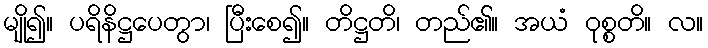
မျို၍။ ပရိနိဋ္ဌပေတွာ၊ ပြီးစေ၍။ တိဋ္ဌတိ၊ တည်၏။ အယံ ဝုစ္စတိ။ လ။